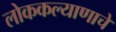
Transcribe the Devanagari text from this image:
लोककल्याणाचे